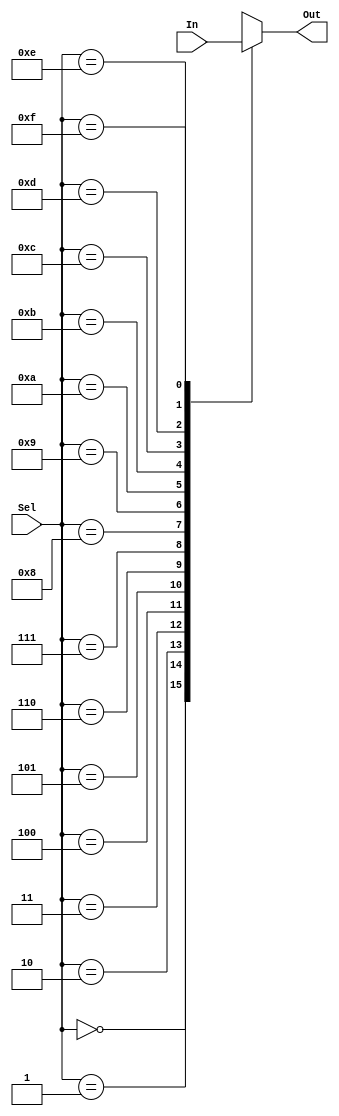
`timescale 1ns / 1ps


// for implementation
(* DONT_TOUCH = "true" *)
module mux(In, Sel, Out);
    input [0:15] In;
    input [0:3] Sel;
    output reg Out;

    always@(In or Sel)begin
        case (Sel)
            4'd0:  Out = In[0];
            4'd1:  Out = In[1];
            4'd2:  Out = In[2];
            4'd3:  Out = In[3];
            4'd4:  Out = In[4];
            4'd5:  Out = In[5];
            4'd6:  Out = In[6];
            4'd7:  Out = In[7];
            4'd8:  Out = In[8];
            4'd9:  Out = In[9];
            4'd10: Out = In[10];
            4'd11: Out = In[11];
            4'd12: Out = In[12];
            4'd13: Out = In[13];
            4'd14: Out = In[14];
            4'd15: Out = In[15];
            default: Out = 1'bz;
        endcase
    end

endmodule


/*
// for simulation
module mux(In, Sel, Out);
    input [0:15] In;
    input [0:3] Sel;
    output Out;
    integer delay1, delay2, delay3, delay4;
    reg out;
    wire [0:15] in;

    always@(In or Sel)begin
        case (Sel)
            4'd0: out = in[0];
            4'd1: out = in[1];
            4'd2: out = in[2];
            4'd3: out = in[3];
            4'd4: out = in[4];
            4'd5: out = in[5];
            4'd6: out = in[6];
            4'd7: out = in[7];
            4'd8: out = in[8];
            4'd9: out = in[9];
            4'd10: out = in[10];
            4'd11: out = in[11];
            4'd12: out = in[12];
            4'd13: out = in[13];
            4'd14: out = in[14];
            4'd15: out = in[15];
            default: out = 1'bz;
        endcase
    end
    
    initial begin
        delay1={$random}%5;
        delay2={$random}%5;
        delay3={$random}%5;
        delay4={$random}%5;
    end
    
    buf #(delay1,delay2) (in[0], in[1], in[2], in[3], in[4], in[5], in[6], in[7], in[8], in[9], in[10], in[11], in[12], in[13], in[14], in[15], 
                          In[0], In[1], In[2], In[3], In[4], In[5], In[6], In[7], In[8], In[9], In[10], In[11], In[12], In[13], In[14], In[15]);
    buf #(delay3,delay4) (Out, out);

endmodule
*/